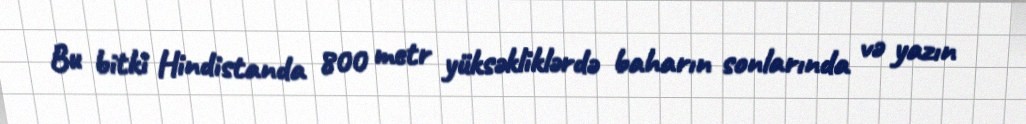
Bu bitki Hindistanda 800 metr yüksəkliklərdə baharın sonlarında və yazın